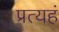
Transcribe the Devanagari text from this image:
प्रत्यहं